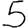
Digit: 5